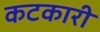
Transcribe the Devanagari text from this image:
कटकारी